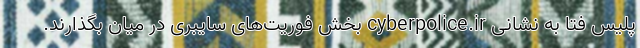
پلیس فتا به نشانی cyberpolice.ir بخش فوریت‌های سایبری در میان بگذارند.